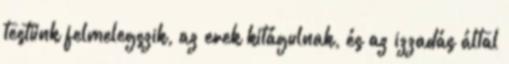
testünk felmelegszik, az erek kitágulnak, és az izzadás által